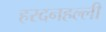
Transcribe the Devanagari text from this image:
हरदनहल्ली